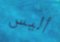
أليس